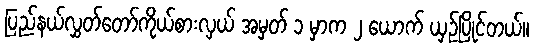
ပြည်နယ်လွှတ်တော်ကိုယ်စားလှယ် အမှတ် ၁ မှာက ၂ ယောက် ယှဉ်ပြိုင်တယ်။